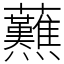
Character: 䖄